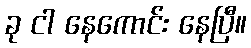
ခု ငါ နေကောင်း နေပြီ။